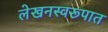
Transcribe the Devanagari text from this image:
लेखनस्वरूपात